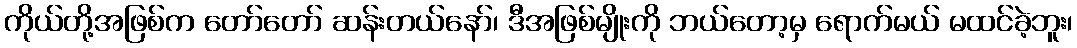
ကိုယ်တို့အဖြစ်က တော်တော် ဆန်းတယ်နော်၊ ဒီအဖြစ်မျိုးကို ဘယ်တော့မှ ရောက်မယ် မထင်ခဲ့ဘူး၊